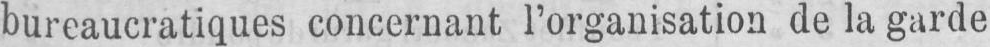
bureaucratiques concernant l’organisation de la garde